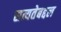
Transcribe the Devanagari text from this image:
सत्यतेबद्दल